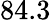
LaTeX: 84.3